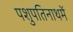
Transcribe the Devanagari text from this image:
पशुपतिनाथमें